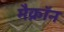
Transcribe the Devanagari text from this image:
मैक्रॉन